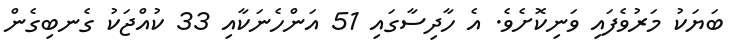
ބަޔަކު މަރުވެފައި ވަނިކޮށެވެ. އެ ހާދިސާގައި 51 އަންހެނަކާއި 33 ކުއްޖަކު ގެނބިގެން